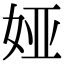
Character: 娅